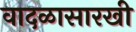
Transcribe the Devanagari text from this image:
वादळासारखी